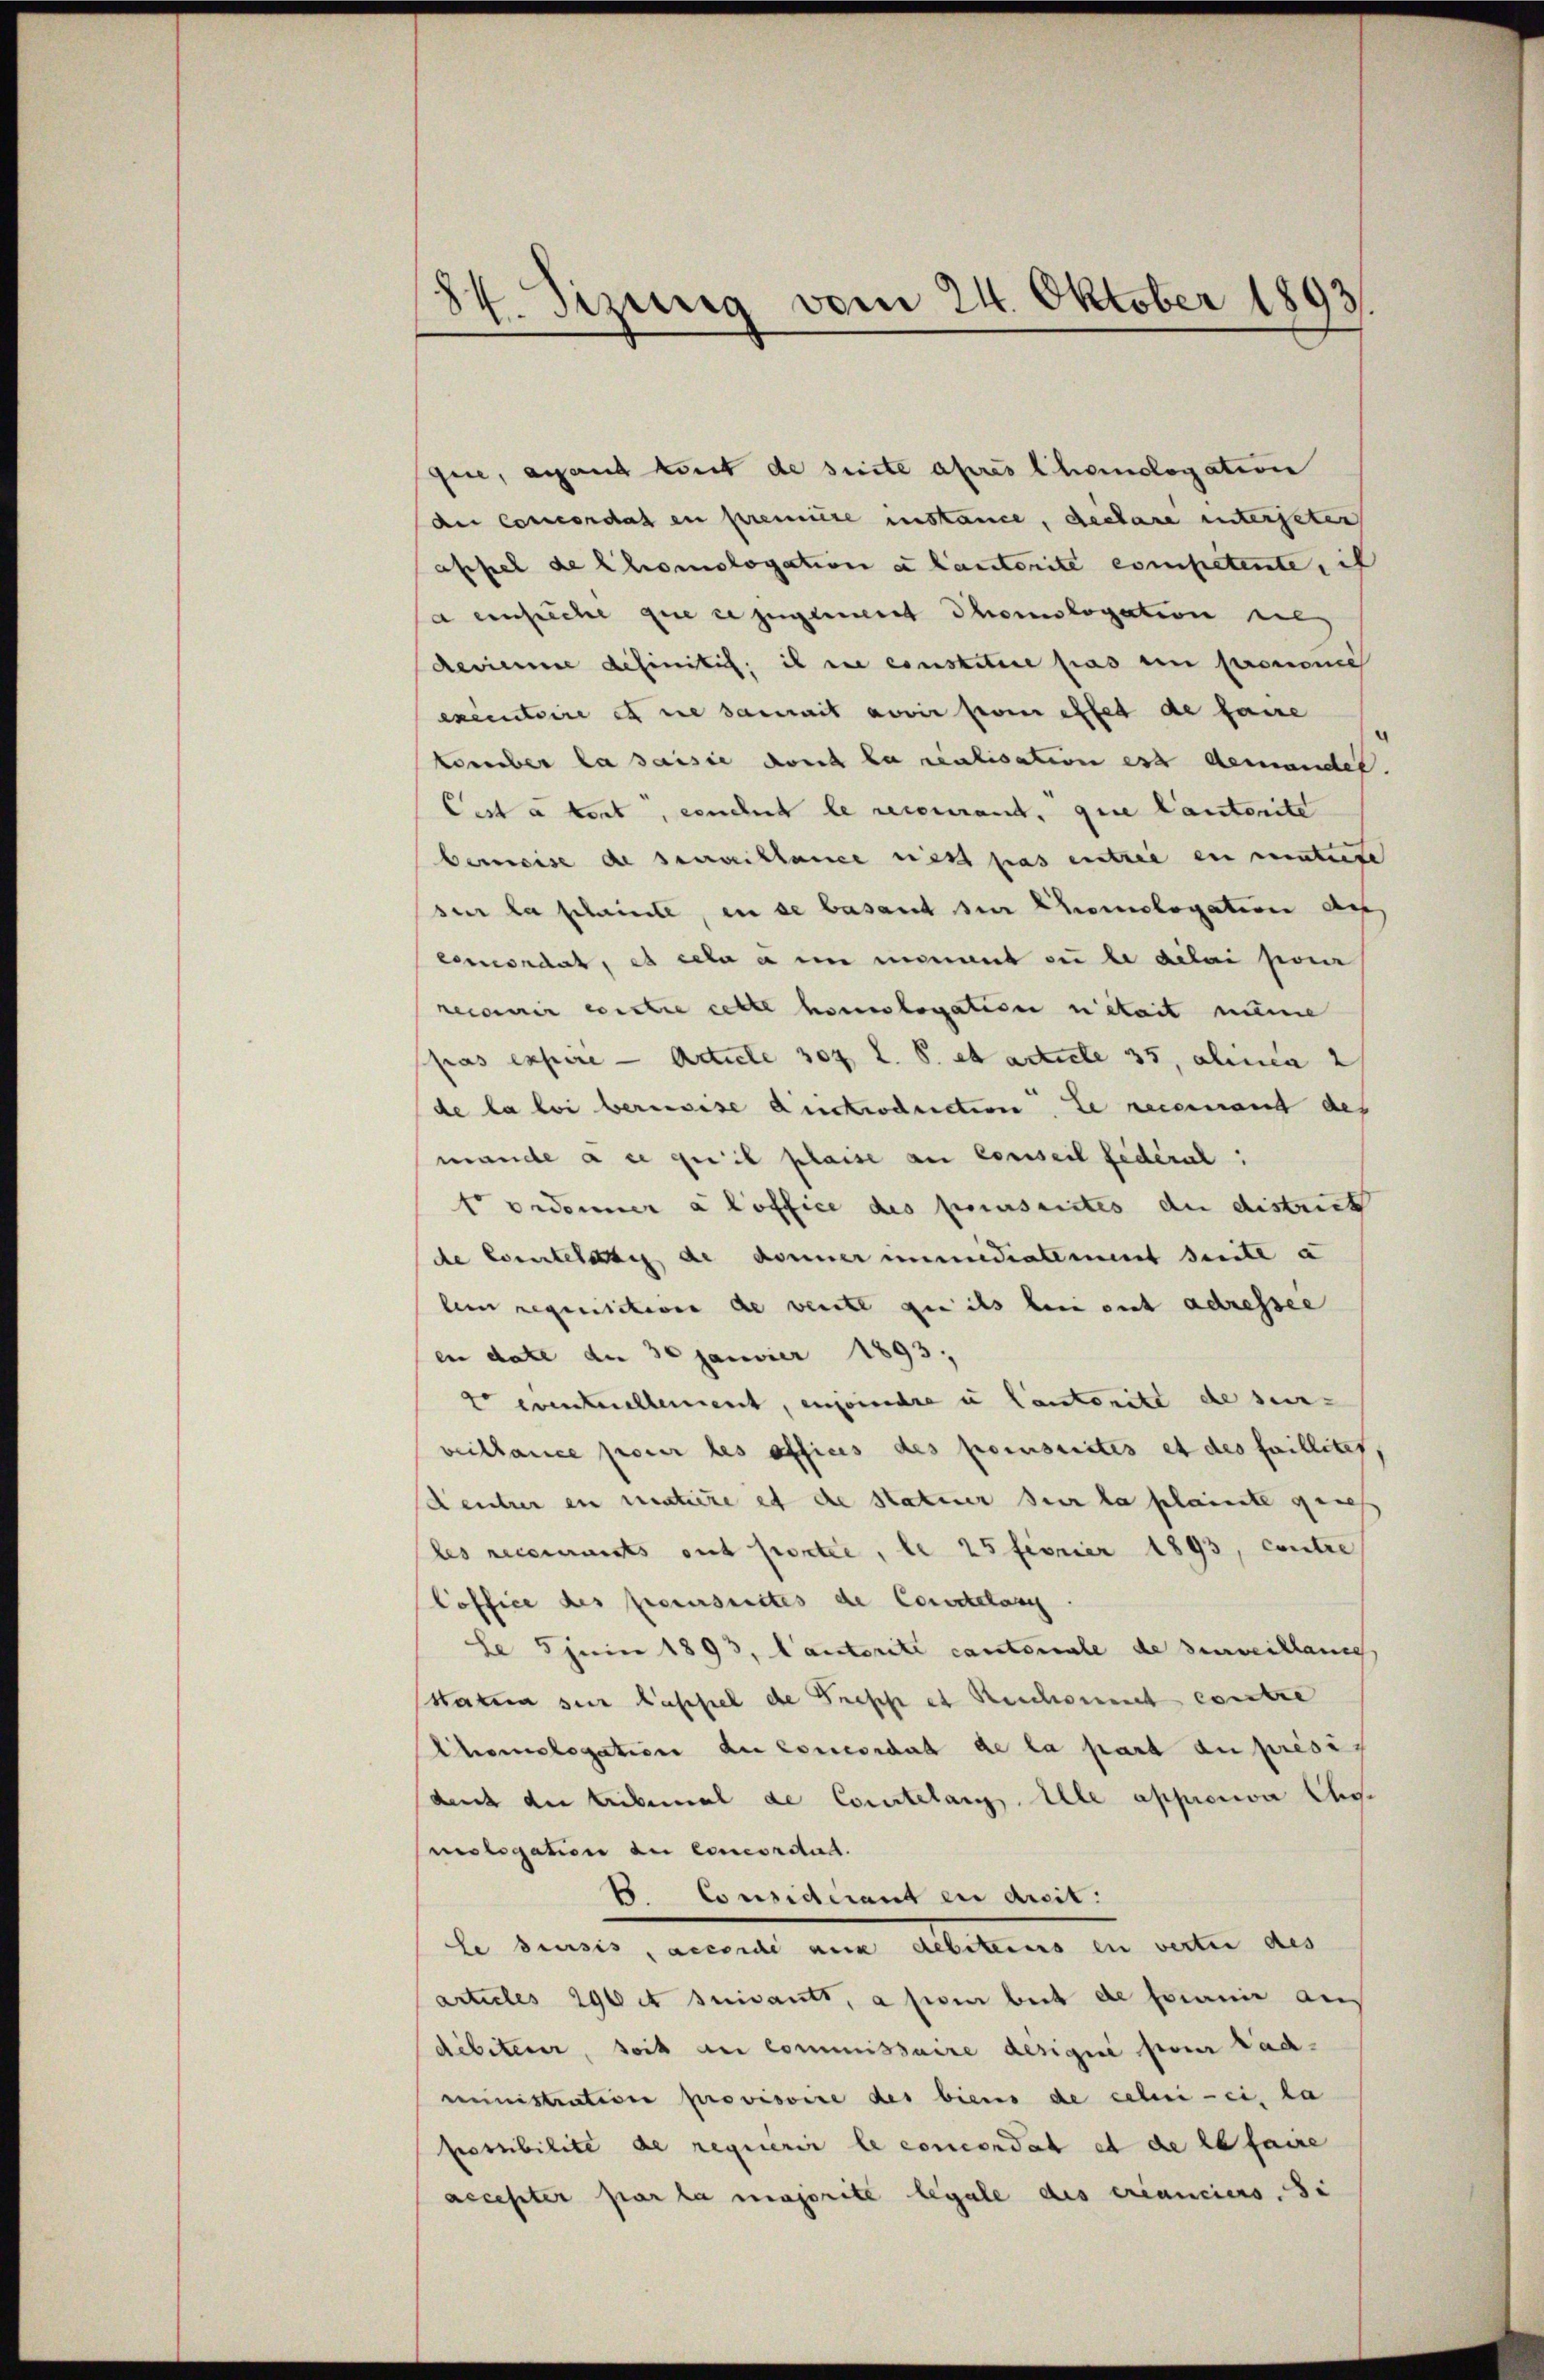
84. Sizung vom 24. Oktober 1893

gere, angen konst de suite après Chomologation
der Concordat zu première instance, declare unterseter
apsel de Chomologation et lautorite competente, ih
a einsche que ce jugement Chomologation rel
desimme definitif, il die constitire pas ein pronome
executoire et die damit avoir son effet de faire
bomber la saisie durch da ruhisation est demandet.
Cest à tout, einlich le recourant, que lauterite
bereise de surveillance rest pas entzie en mutirte
sur la scheinte, in de basant zur Chomologation des
concordat, es ecta a in moment zu le délai poner
recarin eintre cette homologation nietait nenne
pas expire — Article 307 l. S. et acticle 35, alinea 2
de la bei beringese Ansprochenction de reisenamt des
mande a ce qui il plaise an Conseil fédéral:
t ordonner a office des priserites der distruct
de Comtelatis de donner munidialement seite a
lein requisition de vente que ils bei mit adressee
en date der 30 Janvier 1893,
t eventiellement, encorrechte u Cantonitt de ser-
veillance pour les officis des poensuites et des faillites,
Kentrer ein mentiere et die Statuer sur la plainte genes
les recevants ont portée, le 25 firnier 1893, contre
Coffice des pecursuites de Comitelass
le 5 Juni 1893, Cantorité cantonale de surveillande
staten sur lassel de Greppe et Reichsment contre
Chomologation de concordat de la part au prese
det die tribemal de Courtelang. Alle approva Ehomologation dei concordat.
B. Considerant en dreit.
le densis, accende aus debiteins en verten des
artules 290 et suivants, a sie beit de soienir aus
dibiterer, seit au commissaire désigné pour radministration provisoire des biens de celui-ci, la
possibilité de requérir le concordat et de la faire
accepter par la majorite legale des créanciers de